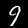
Label: 9